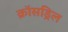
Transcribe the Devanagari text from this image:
क्रॉसड्रिल